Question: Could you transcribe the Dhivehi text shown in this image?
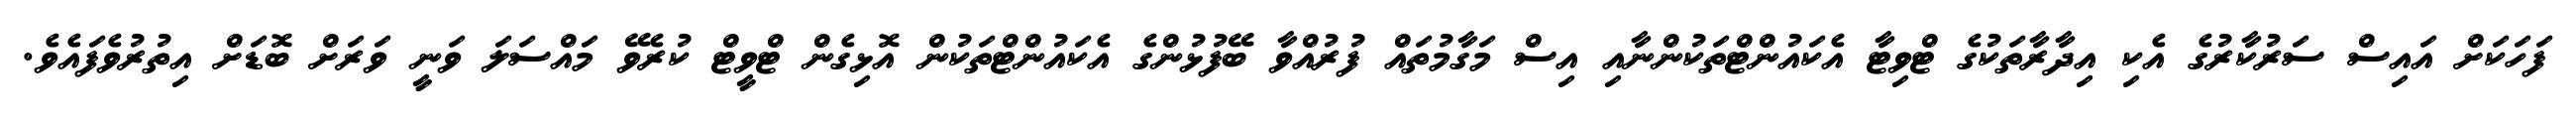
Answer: ފަހަކަށް އައިސް ސަރުކާރުގެ އެކި އިދާރާތަކުގެ ޓްވިޓާ އެކައުންޓްތަކުންނާއި އިސް މަގާމުތައް ފުރުއްވާ ބޭފުޅުންގެ އެކައުންޓްތަކުން އޮޅިގެން ޓްވީޓް ކުރެވޭ މައްސަލަ ވަނީ ވަރަށް ބޮޑަށް އިތުރުވެފައެވެ.